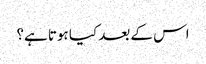
اس کے بعد کیا ہوتا ہے؟